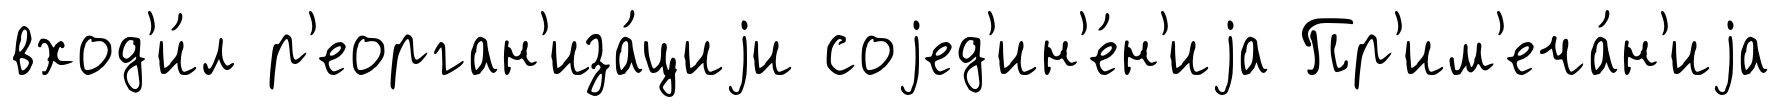
вход'и́л р'еорган'иза́циjи соjед'ин'е́н'иjа Пр'им'еча́н'иjа